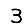
Digit: 3